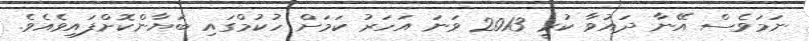
ނަމަވެސް އޭނާ ދައުވާ ކުރީ 2013 ވަނަ އަހަރު ކަމަށް ހުކުމްގައި ބަޔާންކޮށްފައިވެއެވެ.